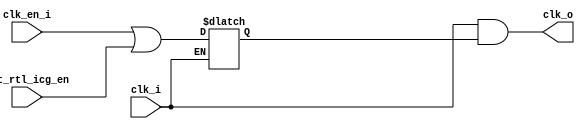
module jlsemi_util_clk_gate_cell
(
    input   clk_i,
    input   clk_en_i,
    input   dft_rtl_icg_en,
    output  clk_o
);

    `ifdef JL_SYNTHESIS
        jlsemi_cell_clk_gating_cell
        u_dont_touch_clk_gating
        (
        .TE (dft_rtl_icg_en ),
        .E  (clk_en_i       ),
        .CP (clk_i          )
        .Q  (clk_o          )
        );
    `else
        reg en_sync;
        always @(*)
            if(!clk_i)
                en_sync <= clk_en_i | dft_rtl_icg_en;
    
        assign clk_o = clk_i & en_sync;
    `endif

endmodule